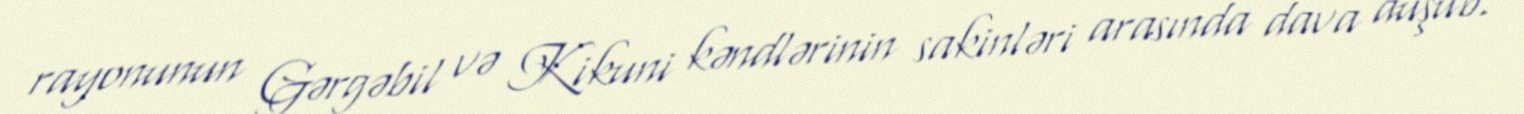
rayonunun Gərgəbil və Kikuni kəndlərinin sakinləri arasında dava düşüb.